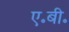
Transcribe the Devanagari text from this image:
ए॰बी॰